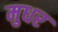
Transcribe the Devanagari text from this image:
मुधर